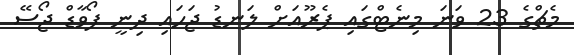
މެޗްގެ 23 ވަނަ މިނެޓްގައި ޕެރޫއަށް ލަނޑު ޖަހައި ދިނީ ފޯވާޑް ޖޯސޭ